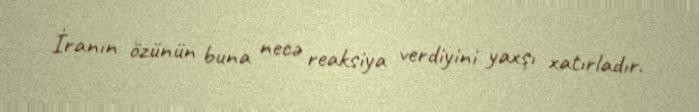
İranın özünün buna necə reaksiya verdiyini yaxşı xatırladır.